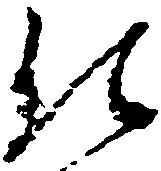
仕